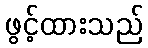
ဖွင့်ထားသည်